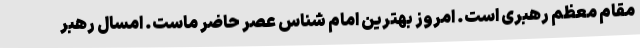
مقام معظم رهبری است. امروز بهترین امام شناس عصر حاضر ماست. امسال رهبر